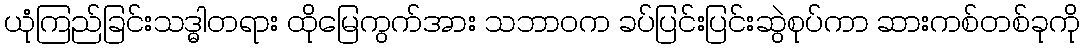
ယုံကြည်ခြင်းသဒ္ဓါတရား ထိုမြေကွက်အား သဘာဝက ခပ်ပြင်းပြင်းဆွဲစုပ်ကာ ဆားကစ်တစ်ခုကို